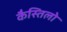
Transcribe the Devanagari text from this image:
कैस्तिलो